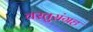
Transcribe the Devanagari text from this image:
वस्तुसंग्रह